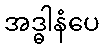
အဒ္ဓါနံပေ